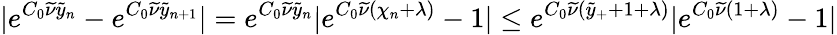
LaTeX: |e^{C_{0}\widetilde{\nu}\widetilde{y}_{n}}-e^{C_{0}\widetilde{\nu}\widetilde{y}_{n+1}}|=e^{C_{0}\widetilde{\nu}\widetilde{y}_{n}}|e^{C_{0}\widetilde{\nu}(\chi_{n}+\lambda)}-1|\leq e^{C_{0}\widetilde{\nu}(\widetilde{y}_{+}+1+\lambda)}|e^{C_{0}\widetilde{\nu}(1+\lambda)}-1|